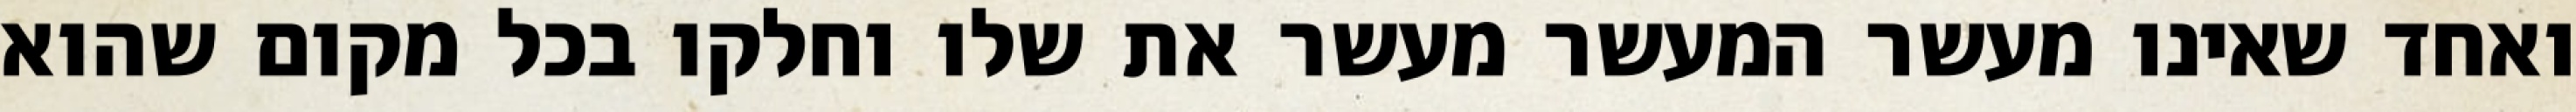
ואחד שאינו מעשר המעשר מעשר את שלו וחלקו בכל מקום שהוא